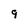
Character: 9